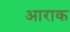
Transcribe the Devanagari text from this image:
आराक